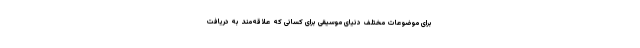
برای موضوعات مختلف دنیای موسیقی برای کسانی که علاقه‌مند به دریافت